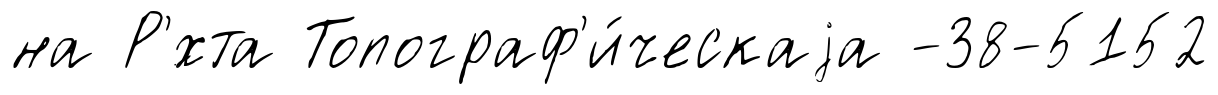
на Р'́хта Топограф'и́ческаjа -38-5152